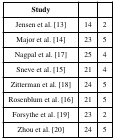
<table><thead><tr><td><b>Study</b></td><td>[EMPTY_CELL]</td><td>[EMPTY_CELL]</td></tr></thead><tbody><tr><td>Jensen et al. [13]</td><td>14</td><td>2</td></tr><tr><td>Major et al. [14]</td><td>23</td><td>5</td></tr><tr><td>Nagpal et al. [17]</td><td>25</td><td>4</td></tr><tr><td>Sneve et al. [15]</td><td>21</td><td>4</td></tr><tr><td>Zitterman et al. [18]</td><td>24</td><td>5</td></tr><tr><td>Rosenblum et al. [16]</td><td>21</td><td>5</td></tr><tr><td>Forsythe et al. [19]</td><td>23</td><td>2</td></tr><tr><td>Zhou et al. [20]</td><td>24</td><td>5</td></tr></tbody></table>